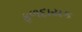
ફળદાયક